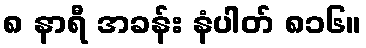
၈ နာရီ အခန်း နံပါတ် ၈၁၆။